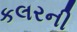
કલરની